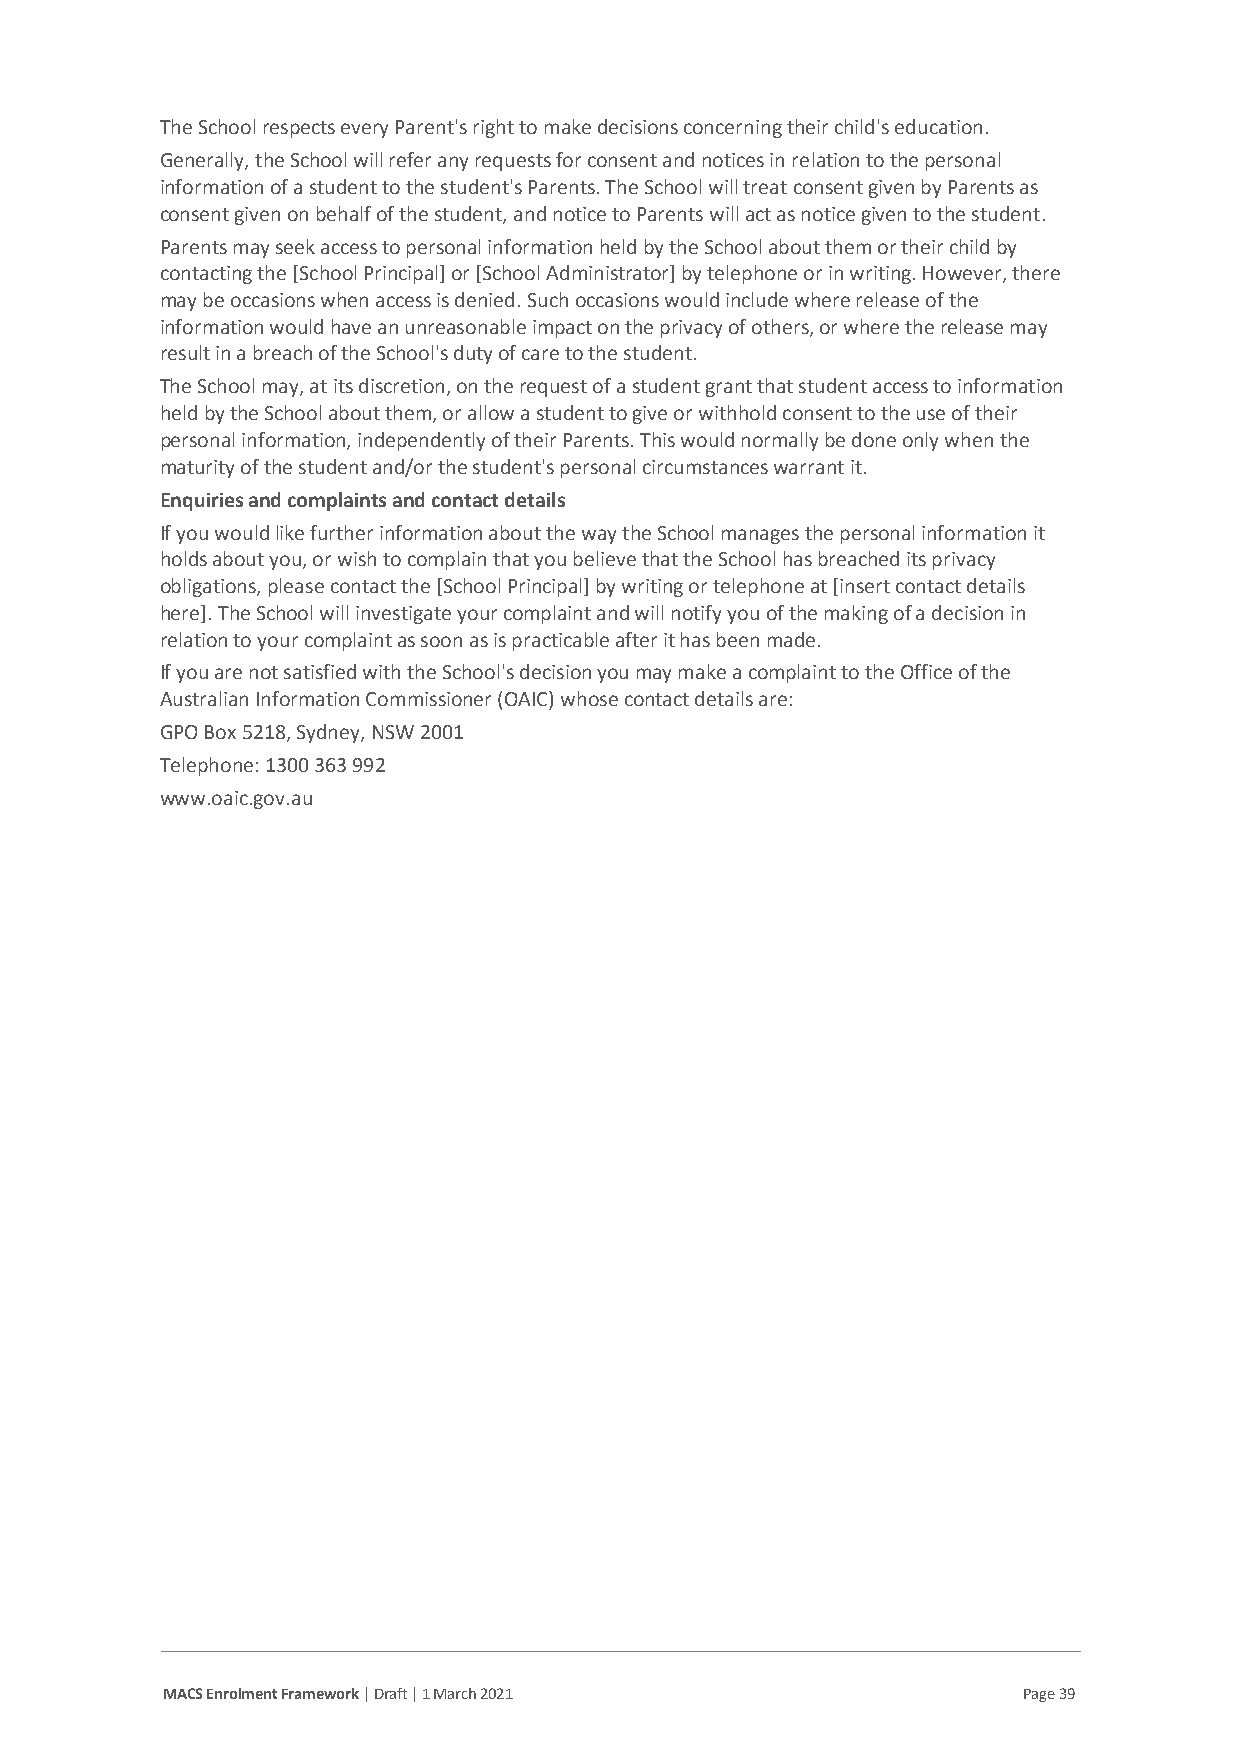
The School respects every Parent's right to make decisions concerning their child's education.
 Generally, the School will refer any requests for consent and notices in relation to the personal
 information of a student to the student's Parents. The School will treat consent given by Parents as
 consent given on behalf of the student, and notice to Parents will act as notice given to the student.
 Parents may seek access to personal information held by the School about them or their child by
 contacting the [School Principal] or [School Administrator] by telephone or in writing. However, there
 may be occasions when access is denied. Such occasions would include where release of the
 information would have an unreasonable impact on the privacy of others, or where the release may
 result in a breach of the School's duty of care to the student.
 The School may, at its discretion, on the request of a student grant that student access to information
 held by the School about them, or allow a student to give or withhold consent to the use of their
 personal information, independently of their Parents. This would normally be done only when the
 maturity of the student and/or the student's personal circumstances warrant it.
 Enquiries and complaints and contact details
 If you would like further information about the way the School manages the personal information it
 holds about you, or wish to complain that you believe that the School has breached its privacy
 obligations, please contact the [School Principal] by writing or telephone at [insert contact details
 here]. The School will investigate your complaint and will notify you of the making of a decision in
 relation to your complaint as soon as is practicable after it has been made.
 If you are not satisfied with the School's decision you may make a complaint to the Office of the
 Australian Information Commissioner (OAIC) whose contact details are:
 GPO Box 5218, Sydney, NSW 2001
 Telephone: 1300 363 992
 www.oaic.gov.au
 MACS Enrolment Framework | Draft | 1 March 2021          Page 39